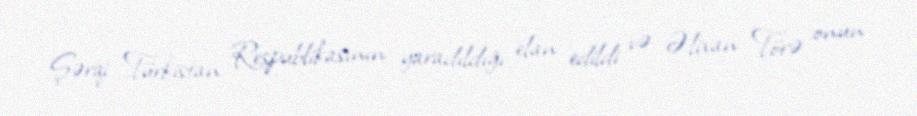
Şərqi Türkistan Respublikasının yaradıldığı elan edildi və Əlixan Törə onun